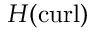
H ( \mathrm { c u r l } )